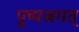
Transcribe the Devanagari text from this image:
पुष्पजगत्